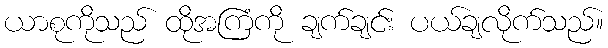
ယာစုကိုသည် ထိုအကြံကို ချက်ချင်း ပယ်ချလိုက်သည်။